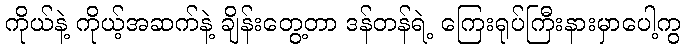
ကိုယ်နဲ့ ကိုယ့်အဆက်နဲ့ ချိန်းတွေ့တာ ဒန်တန်ရဲ့ ကြေးရုပ်ကြီးနားမှာပေါ့ကွ